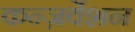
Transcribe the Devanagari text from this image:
कन्ज़र्वेशन